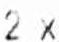
2 X